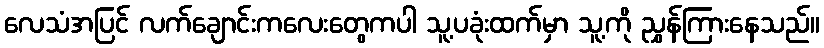
လေသံအပြင် လက်ချောင်းကလေးတွေကပါ သူ့ပခုံးထက်မှာ သူ့ကို ညွှန်ကြားနေသည်။